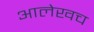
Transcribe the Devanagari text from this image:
आलेखच